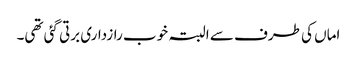
اماں کی طرف سے البتہ خوب رازداری برتی گئی تھی۔